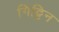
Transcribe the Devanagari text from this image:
गिट्टिन